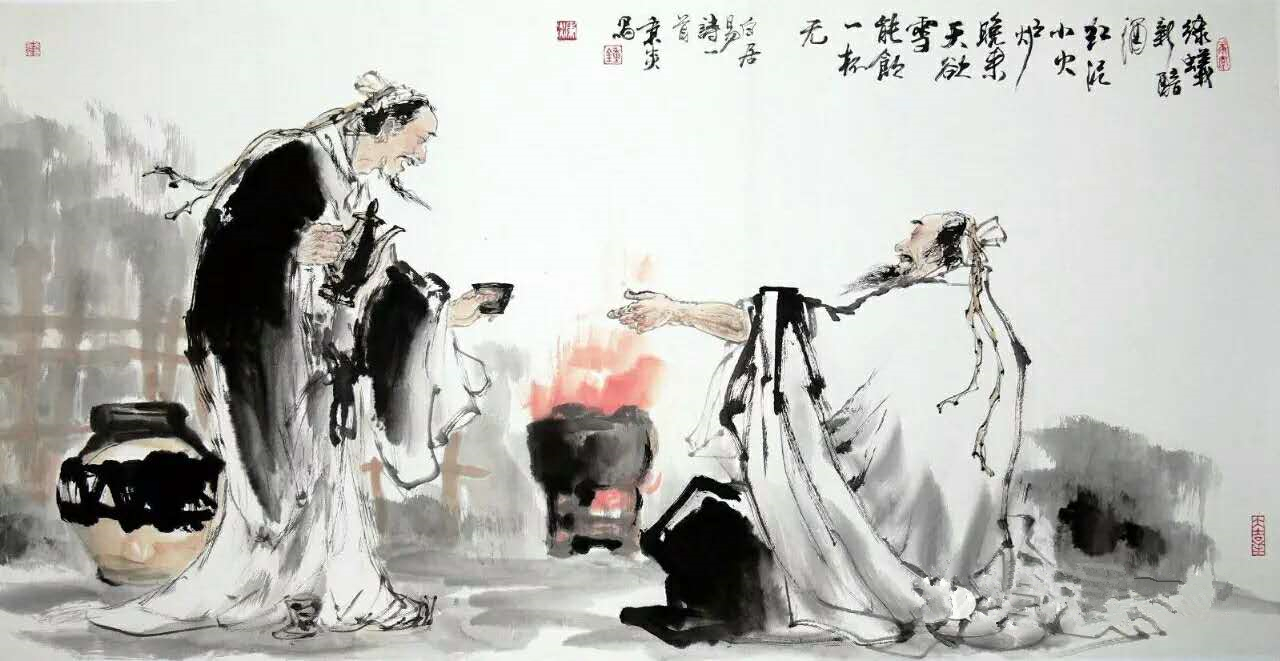
晚来天欲雪，能饮一杯无？